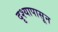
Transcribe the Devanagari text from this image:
दृश्यापासून